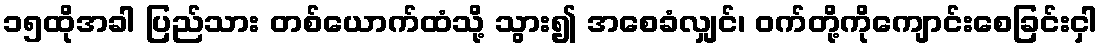
၁၅ထိုအခါ ပြည်သား တစ်ယောက်ထံသို့ သွား၍ အစေခံလျှင်၊ ဝက်တို့ကိုကျောင်းစေခြင်းငှါ